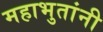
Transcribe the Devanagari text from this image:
महाभुतांनी